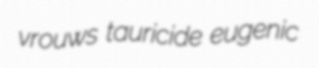
vrouws tauricide eugenic